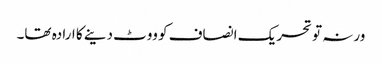
ورنہ تو تحریک انصاف کو ووٹ دینے کا ارادہ تھا۔